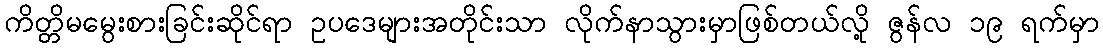
ကိတ္တိမမွေးစားခြင်းဆိုင်ရာ ဥပဒေများအတိုင်းသာ လိုက်နာသွားမှာဖြစ်တယ်လို့ ဇွန်လ ၁၉ ရက်မှာ